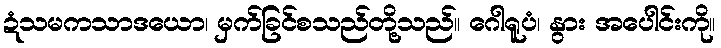
ဍံသမကသာဒယော၊ မှက်ခြင်စသည်တို့သည်။ ဂေါရူပံ၊ နွား အပေါင်းကို။